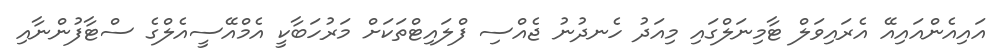
އައިއެންއައިއޭ އެރައިވަލް ޓާމިނަލްގައި މިއަދު ހެނދުނު ޖެއްސި ފްލައިޓްތަކަށް މަރުހަބާކީ އެމްއޭސީއެލްގެ ސްޓާފުންނާއި